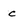
Character: c